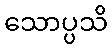
သောပ္ပသိ